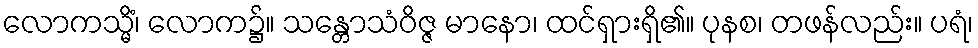
လောကသ္မိံ၊ လောက၌။ သန္တောသံဝိဇ္ဇ မာနော၊ ထင်ရှားရှိ၏။ ပုနစ၊ တဖန်လည်း။ ပရံ၊